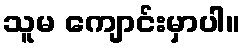
သူမ ကျောင်းမှာပါ။